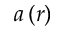
a \left( r \right)